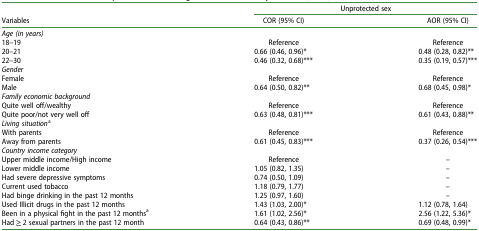
| <ROWSPAN=2> Variables | <COLSPAN=2> Unprotected sex |
 | COR (95% CI) | AOR (95% CI) |
 | --- | --- | --- |
 | <COLSPAN=3> Age (in years) |
 | 18–19 | Reference | Reference |
 | 20–21 | 0.66 (0.46, 0.96)* | 0.48 (0.28, 0.82)** |
 | 22–30 | 0.46 (0.32, 0.68)*** | 0.35 (0.19, 0.57)*** |
 | <COLSPAN=3> Gender |
 | Female | Reference | Reference |
 | Male | 0.64 (0.50, 0.82)** | 0.68 (0.45, 0.98)* |
 | <COLSPAN=3> Family economic background |
 | Quite well off/wealthy | Reference | Reference |
 | Quite poor/not very well off | 0.63 (0.48, 0.81)*** | 0.61 (0.43, 0.88)** |
 | <COLSPAN=3> Living situationa |
 | With parents | Reference | Reference |
 | Away from parents | 0.61 (0.45, 0.83)*** | 0.37 (0.26, 0.54)*** |
 | <COLSPAN=3> Country income category |
 | Upper middle income/High income | Reference | – |
 | Lower middle income | 1.05 (0.82, 1.35) | – |
 | Had severe depressive symptoms | 0.74 (0.50, 1.09) | – |
 | Current used tobacco | 1.18 (0.79, 1.77) | – |
 | Had binge drinking in the past 12 months | 1.25 (0.97, 1.60) | – |
 | Used Illicit drugs in the past 12 months | 1.43 (1.03, 2.00)* | 1.12 (0.78, 1.64) |
 | Been in a physical fight in the past 12 monthsa | 1.61 (1.02, 2.56)* | 2.56 (1.22, 5.36)* |
 | Had ≥ 2 sexual partners in the past 12 month | 0.64 (0.43, 0.86)** | 0.69 (0.48, 0.99)* |